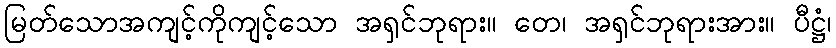
မြတ်သောအကျင့်ကိုကျင့်သော အရှင်ဘုရား။ တေ၊ အရှင်ဘုရားအား။ ပီဋ္ဌံ၊